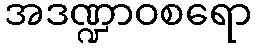
အဒဏ္ဍာဝစရော